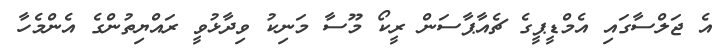
އެ ޖަލްސާގައި އެމްޑީޕީގެ ޗެއާޕާސަން ރީކޯ މޫސާ މަނިކު ވިދާޅުވީ ރައްޔިތުންގެ އެންމެހާ